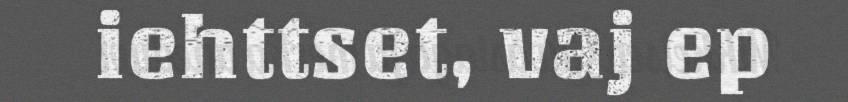
iehttset, vaj ep